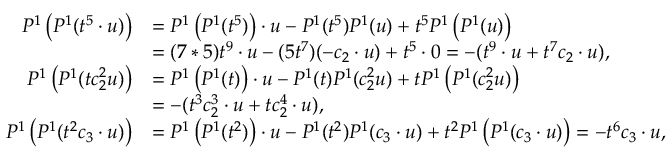
\begin{array} { r l } { P ^ { 1 } \left( P ^ { 1 } ( t ^ { 5 } \cdot u ) \right) } & { = P ^ { 1 } \left( P ^ { 1 } ( t ^ { 5 } ) \right) \cdot u - P ^ { 1 } ( t ^ { 5 } ) P ^ { 1 } ( u ) + t ^ { 5 } P ^ { 1 } \left( P ^ { 1 } ( u ) \right) } \\ & { = ( 7 * 5 ) t ^ { 9 } \cdot u - ( 5 t ^ { 7 } ) ( - c _ { 2 } \cdot u ) + t ^ { 5 } \cdot 0 = - ( t ^ { 9 } \cdot u + t ^ { 7 } c _ { 2 } \cdot u ) , } \\ { P ^ { 1 } \left( P ^ { 1 } ( t c _ { 2 } ^ { 2 } u ) \right) } & { = P ^ { 1 } \left( P ^ { 1 } ( t ) \right) \cdot u - P ^ { 1 } ( t ) P ^ { 1 } ( c _ { 2 } ^ { 2 } u ) + t P ^ { 1 } \left( P ^ { 1 } ( c _ { 2 } ^ { 2 } u ) \right) } \\ & { = - ( t ^ { 3 } c _ { 2 } ^ { 3 } \cdot u + t c _ { 2 } ^ { 4 } \cdot u ) , } \\ { P ^ { 1 } \left( P ^ { 1 } ( t ^ { 2 } c _ { 3 } \cdot u ) \right) } & { = P ^ { 1 } \left( P ^ { 1 } ( t ^ { 2 } ) \right) \cdot u - P ^ { 1 } ( t ^ { 2 } ) P ^ { 1 } ( c _ { 3 } \cdot u ) + t ^ { 2 } P ^ { 1 } \left( P ^ { 1 } ( c _ { 3 } \cdot u ) \right) = - t ^ { 6 } c _ { 3 } \cdot u , } \end{array}